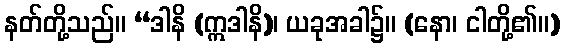
နတ်တို့သည်။ “ဒါနိ (ဣဒါနိ)၊ ယခုအခါ၌။ (နော၊ ငါတို့၏။)